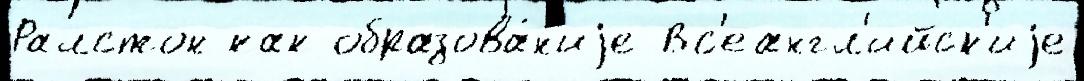
Ралстон как образова́н'иjе Вс'еангл'ийск'иjе